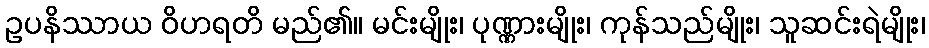
ဥပနိဿာယ ဝိဟရတိ မည်၏။ မင်းမျိုး၊ ပုဏ္ဏားမျိုး၊ ကုန်သည်မျိုး၊ သူဆင်းရဲမျိုး၊